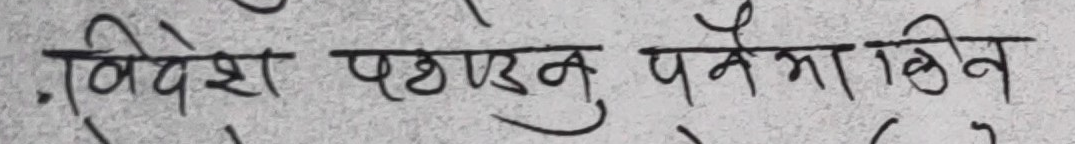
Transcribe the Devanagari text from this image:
.विदेश पठाउनु पर्नेमा किन